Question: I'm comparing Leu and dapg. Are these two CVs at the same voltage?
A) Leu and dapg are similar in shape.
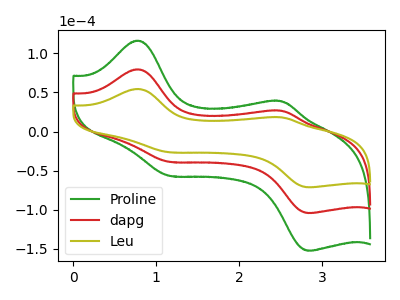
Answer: <think>The green curve "Proline" has anodic peaks at (0.80V, 159.00uA) (2.50V, 53.05uA) and cathodic peaks at (1.15V, -77.05uA) (2.85V, -208.55uA). The red curve "dapg" has anodic peaks at (0.80V, 79.50uA) (2.50V, 26.50uA) and cathodic peaks at (1.15V, -38.50uA) (2.85V, -104.25uA). The olive curve "Leu" has anodic peaks at (0.80V, 54.40uA) (2.50V, 18.15uA) and cathodic peaks at (1.15V, -26.35uA) (2.85V, -71.30uA).
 All the peaks in "Leu" have a peak in "dapg" at the same potential. Every peak in "Leu" is lower than every peak in "dapg".</think>
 <answer>A) "Leu" and "dapg" are similar in shape.</answer>
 <eval>A</eval>